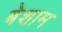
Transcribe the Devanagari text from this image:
बेशाम